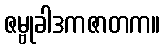
ဇမ္ဗုခါဒကဇာတက။